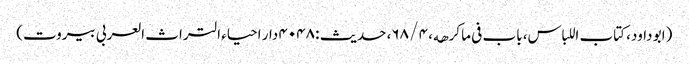
(ابو داود، کتاب اللباس، باب فی ما کرھه، ۴ / ۶۸، حدیث : ۴۰۴۸ دار احیاء التراث العربی بیروت)